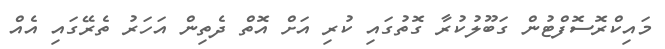
މައިކްރޮސޮފްޓުން ގަބޫލުކުރާ ގޮތުގައި ކުރި އަށް އޮތް ދެތިން އަހަރު ތެރޭގައި އެއް